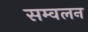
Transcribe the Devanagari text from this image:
सम्वलन